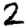
Digit: 2